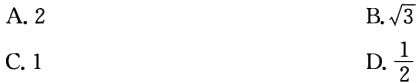
A. \(2\)
B. \(\sqrt{3}\)
C. \(1\)
D. \(\frac{1}{2}\)